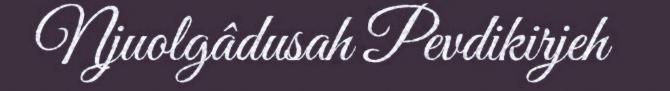
Njuolgâdusah Pevdikirjeh